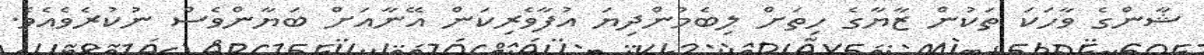
ޝާންގެ ވާހަކަ ތަކުން ޒާޔާގެ ހިތަށް ލިބެމުންދިޔަ އުފާވެރިކަން އޭނާއަށް ބަޔާންވެސް ނުކުރެވެއެވެ.